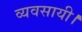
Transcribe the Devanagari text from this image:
व्यवसायी।